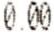
0.00